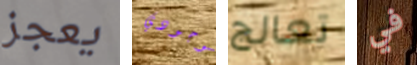
يعجز بوجودي تعالج في